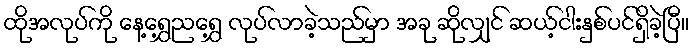
ထိုအလုပ်ကို နေ့ရွှေ့ညရွှေ့ လုပ်လာခဲ့သည်မှာ အခု ဆိုလျှင် ဆယ့်ငါးနှစ်ပင်ရှိခဲ့ပြီ။